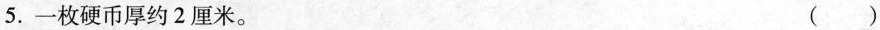
5.一枚硬币厚约2厘米。 ( )